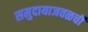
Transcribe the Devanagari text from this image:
समुदायाजवळची